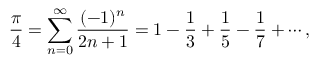
{ \frac { \pi } { 4 } } = \sum _ { n = 0 } ^ { \infty } { \frac { ( - 1 ) ^ { n } } { 2 n + 1 } } = 1 - { \frac { 1 } { 3 } } + { \frac { 1 } { 5 } } - { \frac { 1 } { 7 } } + \cdots ,